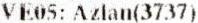
VE05: AZLAN(3737)